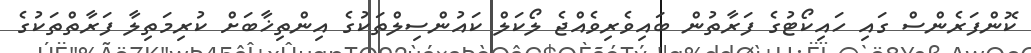
ކޮންފަރެންސް ގައި ހައިކޯޓުގެ ފަރާތުން ބައިވެރިވެއްޖެ ލޯކަލް ކައުންސިލްތަކުގެ އިންތިޚާބަށް ކުރިމަތިލާ ފަރާތްތަކުގެ